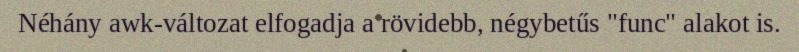
Néhány awk-változat elfogadja a rövidebb, négybetűs "func" alakot is.